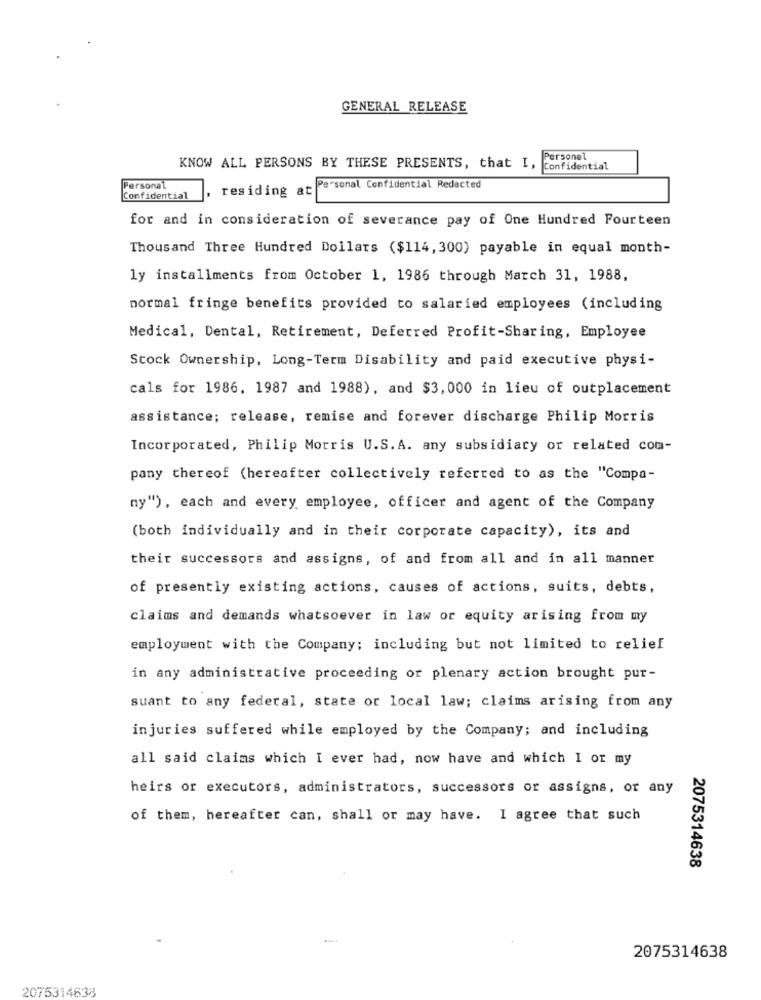
GENERAL RELEASE
Personel
KNOW ALL PERSONS BY THESE PRESENTS, that I,
Confidential
Personal
residing at
Personal Confidential Redacted
Confidential
for and in consideration of severance pay of One Hundred Fourteen
Thousand Three Hundred Dollars ($114, 300) payable in equal month-
ly installments from October 1, 1986 through March 31, 1988,
normal fringe benefits provided to salaried employees (including
Medical, Dental, Retirement, Deferred Profit-Sharing, Employee
Stock Ownership, Long-Term Disability and paid executive physi-
cals for 1986, 1987 and 1988), and $3, 000 in lieu of outplacement
assistance; release, remise and forever discharge Philip Morris
Incorporated, Philip Morris U.S.A. any subsidiary or related com-
pany thereof (hereafter collectively referred to as the "Compa-
ny") , each and every employee, officer and agent of the Company
(both individually and in their corporate capacity), its and
their successors and assigns, of and from all and in all manner
of presently existing actions, causes of actions, suits, debts,
claims and demands whatsoever in law or equity arising from my
employment with the Company; including but not limited to relief
in any administrative proceeding or plenary action brought pur-
suant to any federal, state or local law; claims arising from any
injuries suffered while employed by the Company; and including
all said claims which I ever had, now have and which I or my
heirs or executors, administrators, successors or assigns, or any
of them, hereafter can, shall or may have. I agree that such
2075314638
2075314638
2075314638